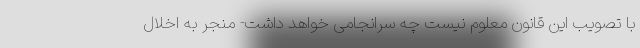
با تصویب این قانون معلوم نیست چه سرانجامی خواهد داشت- منجر به اخلال